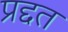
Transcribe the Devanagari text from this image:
प्रद्दत